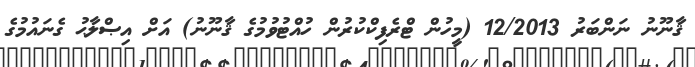
ޤާނޫނު ނަންބަރު 12/2013 (މީހުން ޓްރެފިކްކުރުން ހުއްޓުވުމުގެ ޤާނޫނު) އަށް އިޞްލާޙު ގެނައުމުގެ